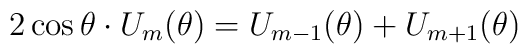
2\cos\theta\cdot U_m(\theta)=U_{m-1}(\theta)+U_{m+1}(\theta)